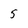
Character: 5